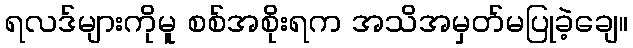
ရလဒ်များကိုမူ စစ်အစိုးရက အသိအမှတ်မပြုခဲ့ချေ။